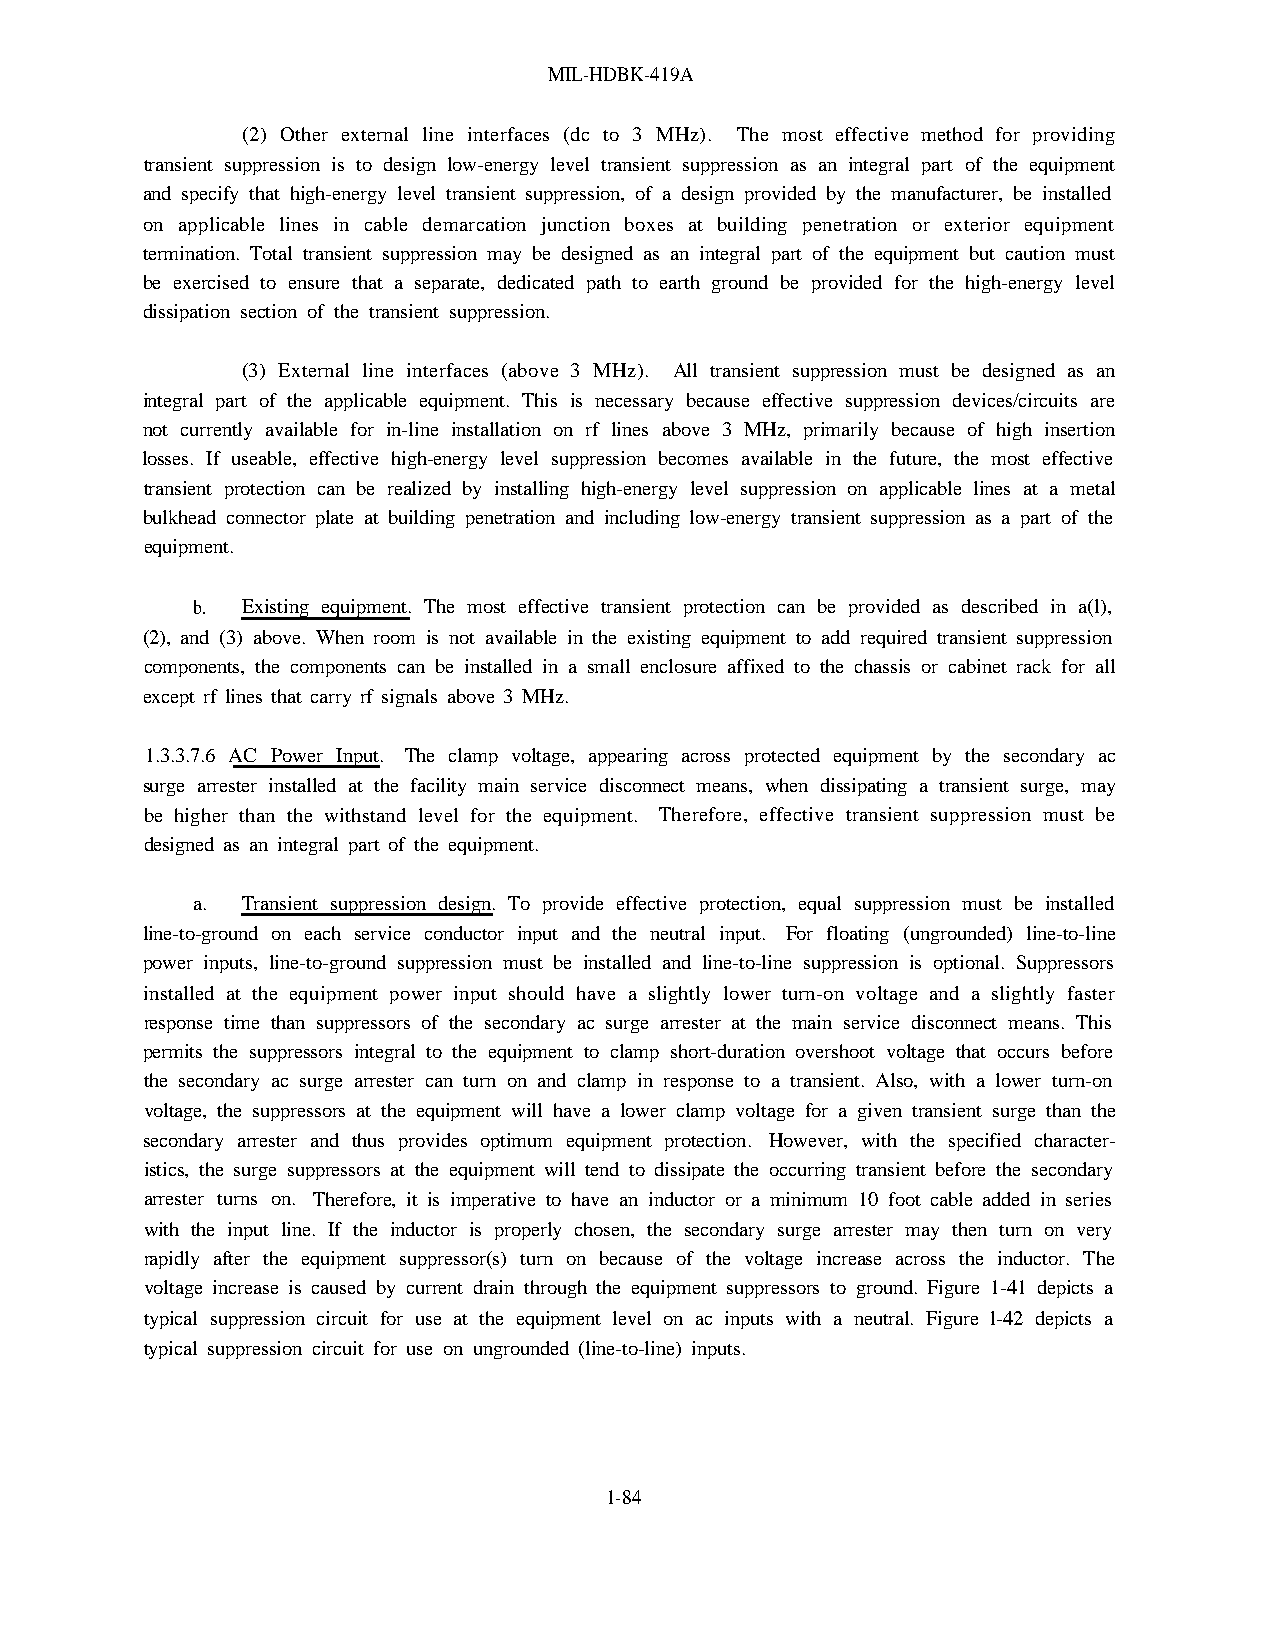
MIL-HDBK-419A
 (2) Other external line interfaces (dc to 3 MHz). The most effective method for providing
 transient suppression is to design low-energy level transient suppression as an integral part of the equipment
 and specify that high-energy level transient suppression, of a design provided by the manufacturer, be installed
 on applicable lines in cable demarcation junction boxes at building penetration or exterior equipment
 termination. Total transient suppression may be designed as an integral part of the equipment but caution must
 be exercised to ensure that a separate, dedicated path to earth ground be provided for the high-energy level
 dissipation section of the transient suppression.
 (3) External line interfaces (above 3 MHz). All transient suppression must be designed as an
 integral part of the applicable equipment. This is necessary because effective suppression devices/circuits are
 not currently available for in-line installation on rf lines above 3 MHz, primarily because of high insertion
 losses. If useable, effective high-energy level suppression becomes available in the future, the most effective
 transient protection can be realized by installing high-energy level suppression on applicable lines at a metal
 bulkhead connector plate at building penetration and including low-energy transient suppression as a part of the
 equipment.
 b. Existing equipment. The most effective transient protection can be provided as described in a(l),
 (2), and (3) above. When room is not available in the existing equipment to add required transient suppression
 components, the components can be installed in a small enclosure affixed to the chassis or cabinet rack for all
 except rf lines that carry rf signals above 3 MHz.
 1.3.3.7.6 AC Power Input. The clamp voltage, appearing across protected equipment by the secondary ac
 surge arrester installed at the facility main service disconnect means, when dissipating a transient surge, may
 be higher than the withstand level for the equipment. Therefore, effective transient suppression must be
 designed as an integral part of the equipment.
 a. Transient suppression design. To provide effective protection, equal suppression must be installed
 line-to-ground on each service conductor input and the neutral input. For floating (ungrounded) line-to-line
 power inputs, line-to-ground suppression must be installed and line-to-line suppression is optional. Suppressors
 installed at the equipment power input should have a slightly lower turn-on voltage and a slightly faster
 response time than suppressors of the secondary ac surge arrester at the main service disconnect means. This
 permits the suppressors integral to the equipment to clamp short-duration overshoot voltage that occurs before
 the secondary ac surge arrester can turn on and clamp in response to a transient. Also, with a lower turn-on
 voltage, the suppressors at the equipment will have a lower clamp voltage for a given transient surge than the
 secondary arrester and thus provides optimum equipment protection. However, with the specified character-
 istics, the surge suppressors at the equipment will tend to dissipate the occurring transient before the secondary
 arrester turns on. Therefore, it is imperative to have an inductor or a minimum 10 foot cable added in series
 with the input line. If the inductor is properly chosen, the secondary surge arrester may then turn on very
 rapidly after the equipment suppressor(s) turn on because of the voltage increase across the inductor. The
 voltage increase is caused by current drain through the equipment suppressors to ground. Figure 1-41 depicts a
 typical suppression circuit for use at the equipment level on ac inputs with a neutral. Figure l-42 depicts a
 typical suppression circuit for use on ungrounded (line-to-line) inputs.
 1-84